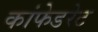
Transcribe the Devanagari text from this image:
कांफेडरेट